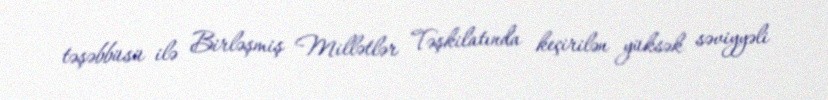
təşəbbüsü ilə Birləşmiş Millətlər Təşkilatında keçirilən yüksək səviyyəli